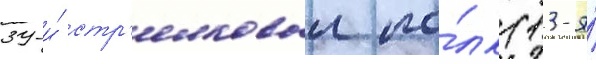
39-и́ стр'елковыи по́лк (13-я́